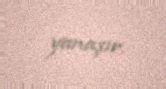
yanaşır.